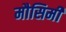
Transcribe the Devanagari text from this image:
मौसिमी